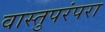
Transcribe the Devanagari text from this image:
वास्तुपरंपरा